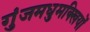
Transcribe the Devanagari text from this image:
गुंजमधुमक्खियों